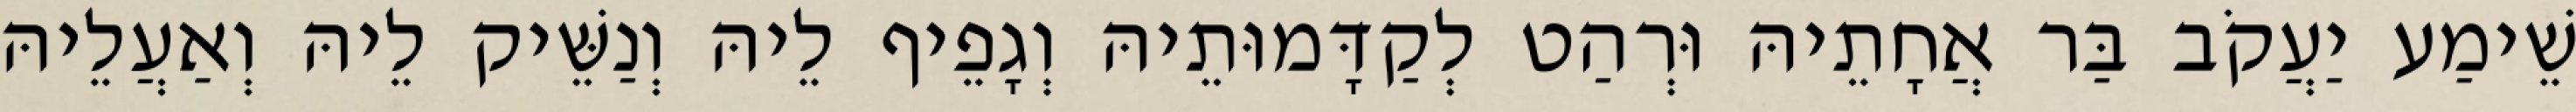
שֵׁימַע יַעֲקֹב בַּר אֲחָתֵיהּ וּרְהַט לְקַדָּמוּתֵיהּ וְגָפֵיף לֵיהּ וְנַשֵּׁיק לֵיהּ וְאַעֲלֵיהּ